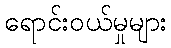
ရောင်းဝယ်မှုများ